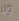
ولا